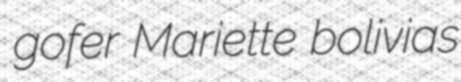
gofer Mariette bolivias